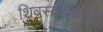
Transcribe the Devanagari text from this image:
शिवस्कंदवर्मन्